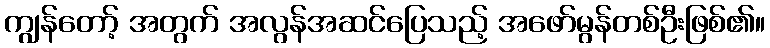
ကျွန်တော့် အတွက် အလွန်အဆင်ပြေသည့် အဖော်မွန်တစ်ဦးဖြစ်၏။